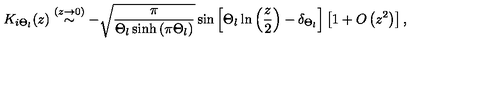
K _ { i \Theta _ { l } } ( z ) \stackrel { ( z \rightarrow 0 ) } { \sim } - \sqrt { \frac { \pi } { \Theta _ { l } \sinh \left( \pi \Theta _ { l } \right) } } \sin \left[ \Theta _ { l } \ln \left( \frac { z } { 2 } \right) - \delta _ { \Theta _ { l } } \right] \left[ 1 + O \left( z ^ { 2 } \right) \right] ,